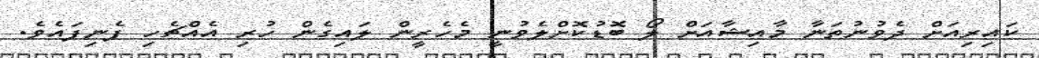
ކައިރިއަށް ދެވުނުތަނާ މާއިޝާއަށް ލޯ ބޮޑުކޮށްލެވުނީ މެހެރީން ލައިގެން ހުރި އެއްޗެހި ފެނިފައެވެ.